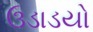
ઉડાડયો